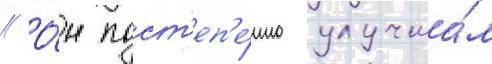
// О́н пост'еп'е́нно улучша́л